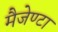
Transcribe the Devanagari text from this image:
मैजेण्टा